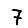
Digit: 7